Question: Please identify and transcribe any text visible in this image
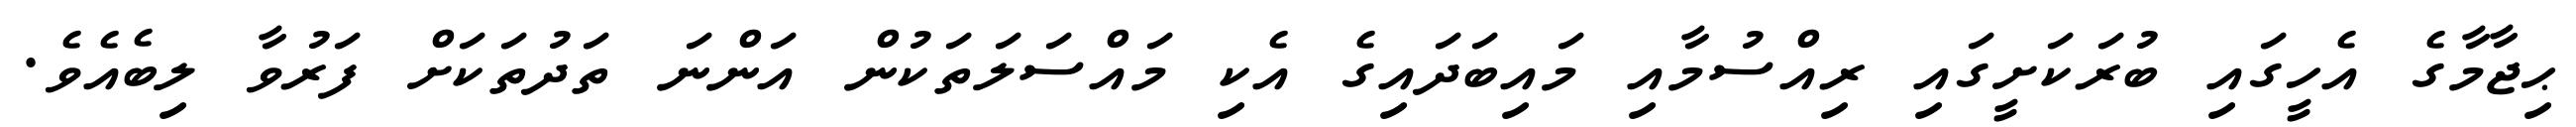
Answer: ޙިޖާމާގެ އެހީގައި ބުރަކަށީގައި ރިއްސުމާއި މައިބަދައިގެ އެކި މައްސަލަތަކުން އަންނަ ތަދުތަކަށް ފަރުވާ ލިބެއެވެ.